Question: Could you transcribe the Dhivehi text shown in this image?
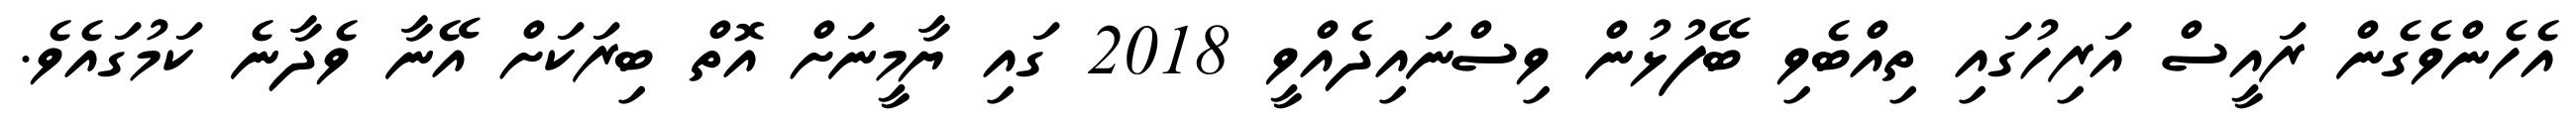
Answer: އެހެންވެގެން ރައީސް އަރިހުގައި ތިއްބެވި ބޭފުޅުން ވިސްނައިދެއްވީ 2018 ގައި ޔާމީނަށް އޮތް ބިރަކަށް އޭނާ ވެދާނެ ކަމުގައެވެ.